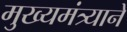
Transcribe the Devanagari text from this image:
मुख्यमंत्र्याने